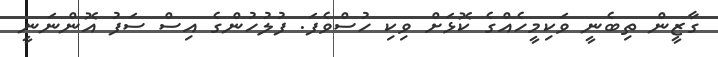
ގާޒީން ތިބެނީ ވަކިމީހެއްގެ ކޮޅަށް ވިކި ހުސްވެފަ. ފުލުހުންގެ އިސް ސަފު އޮންނަނީ